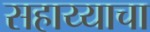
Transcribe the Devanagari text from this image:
सहाय्याचा